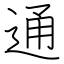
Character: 通